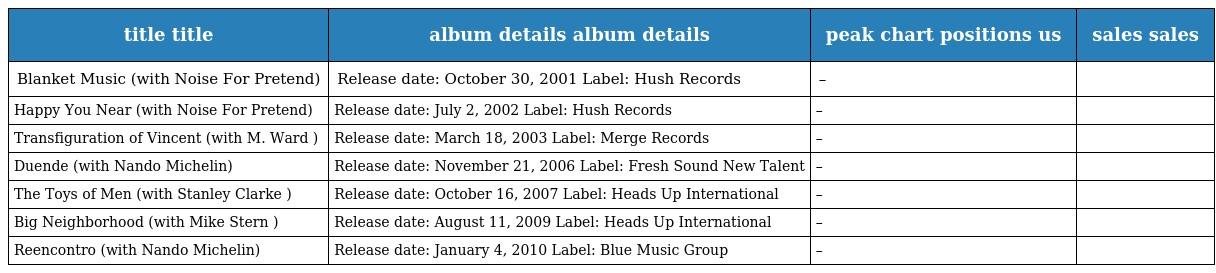
| title title | album details album details | peak chart positions us | sales sales |
 | --- | --- | --- | --- |
 | Blanket Music (with Noise For Pretend) | Release date: October 30, 2001 Label: Hush Records | – |  |
 | Happy You Near (with Noise For Pretend) | Release date: July 2, 2002 Label: Hush Records | – |  |
 | Transfiguration of Vincent (with M. Ward ) | Release date: March 18, 2003 Label: Merge Records | – |  |
 | Duende (with Nando Michelin) | Release date: November 21, 2006 Label: Fresh Sound New Talent | – |  |
 | The Toys of Men (with Stanley Clarke ) | Release date: October 16, 2007 Label: Heads Up International | – |  |
 | Big Neighborhood (with Mike Stern ) | Release date: August 11, 2009 Label: Heads Up International | – |  |
 | Reencontro (with Nando Michelin) | Release date: January 4, 2010 Label: Blue Music Group | – |  |